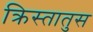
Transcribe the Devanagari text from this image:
क्रिस्‍तातुस